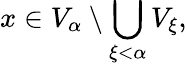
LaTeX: x\in V_{\alpha}\setminus\bigcup_{\xi<\alpha}V_{\xi},